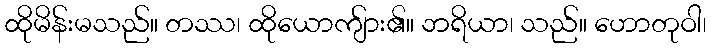
ထိုမိန်းမသည်။ တဿ၊ ထိုယောကျ်ား၏။ ဘရိယာ၊ သည်။ ဟောတုဝါ၊